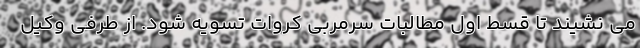
می نشیند تا قسط اول مطالبات سرمربی کروات تسویه شود. از طرفی وکیل